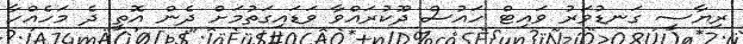
ރިޔާސީ ގަނޑުވަރު ވައިޓް ހައުސް ދޫކުރައްވާ ވަޑައިގަތުމަށް ދެން އޮތީ ދެ މަހެއްހާ